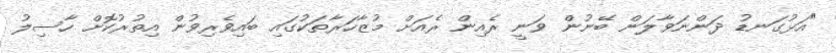
"އަޅުގަނޑު ދަންނަވާލަން ބޭނުން ވަނީ ރެއިން ރެއަށް މުޒާހަރާތަކުގައި ބައިވެރިވުން އިތުރުކޮށް ހާސިލު